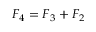
F _ { 4 } = F _ { 3 } + F _ { 2 }